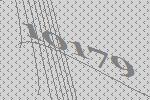
10179